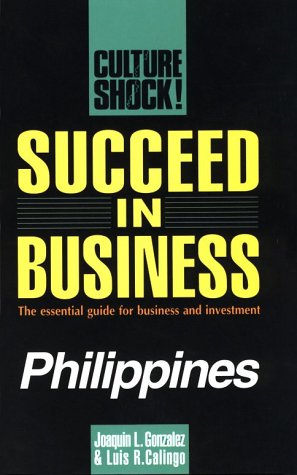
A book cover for Succeed in Business: Philippines (Culture Shock! Success Secrets to Maximize Business); Joaquin L Gonzalez III; Travel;